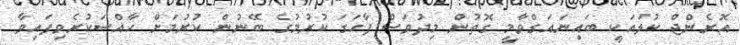
އޮރެންޖް ކުލައަކީ ބައިނައަގްވާމީ ގޮތުން މިދުވަސް ފާހަގަ ކުރުމުގެ ބޭނުން ކުރުމަށް ހާއްސަކުރެވިފައިވާ